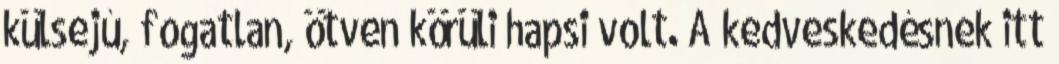
külsejú, fogatlan, ötven körüli hapsi volt. A kedveskedésnek itt